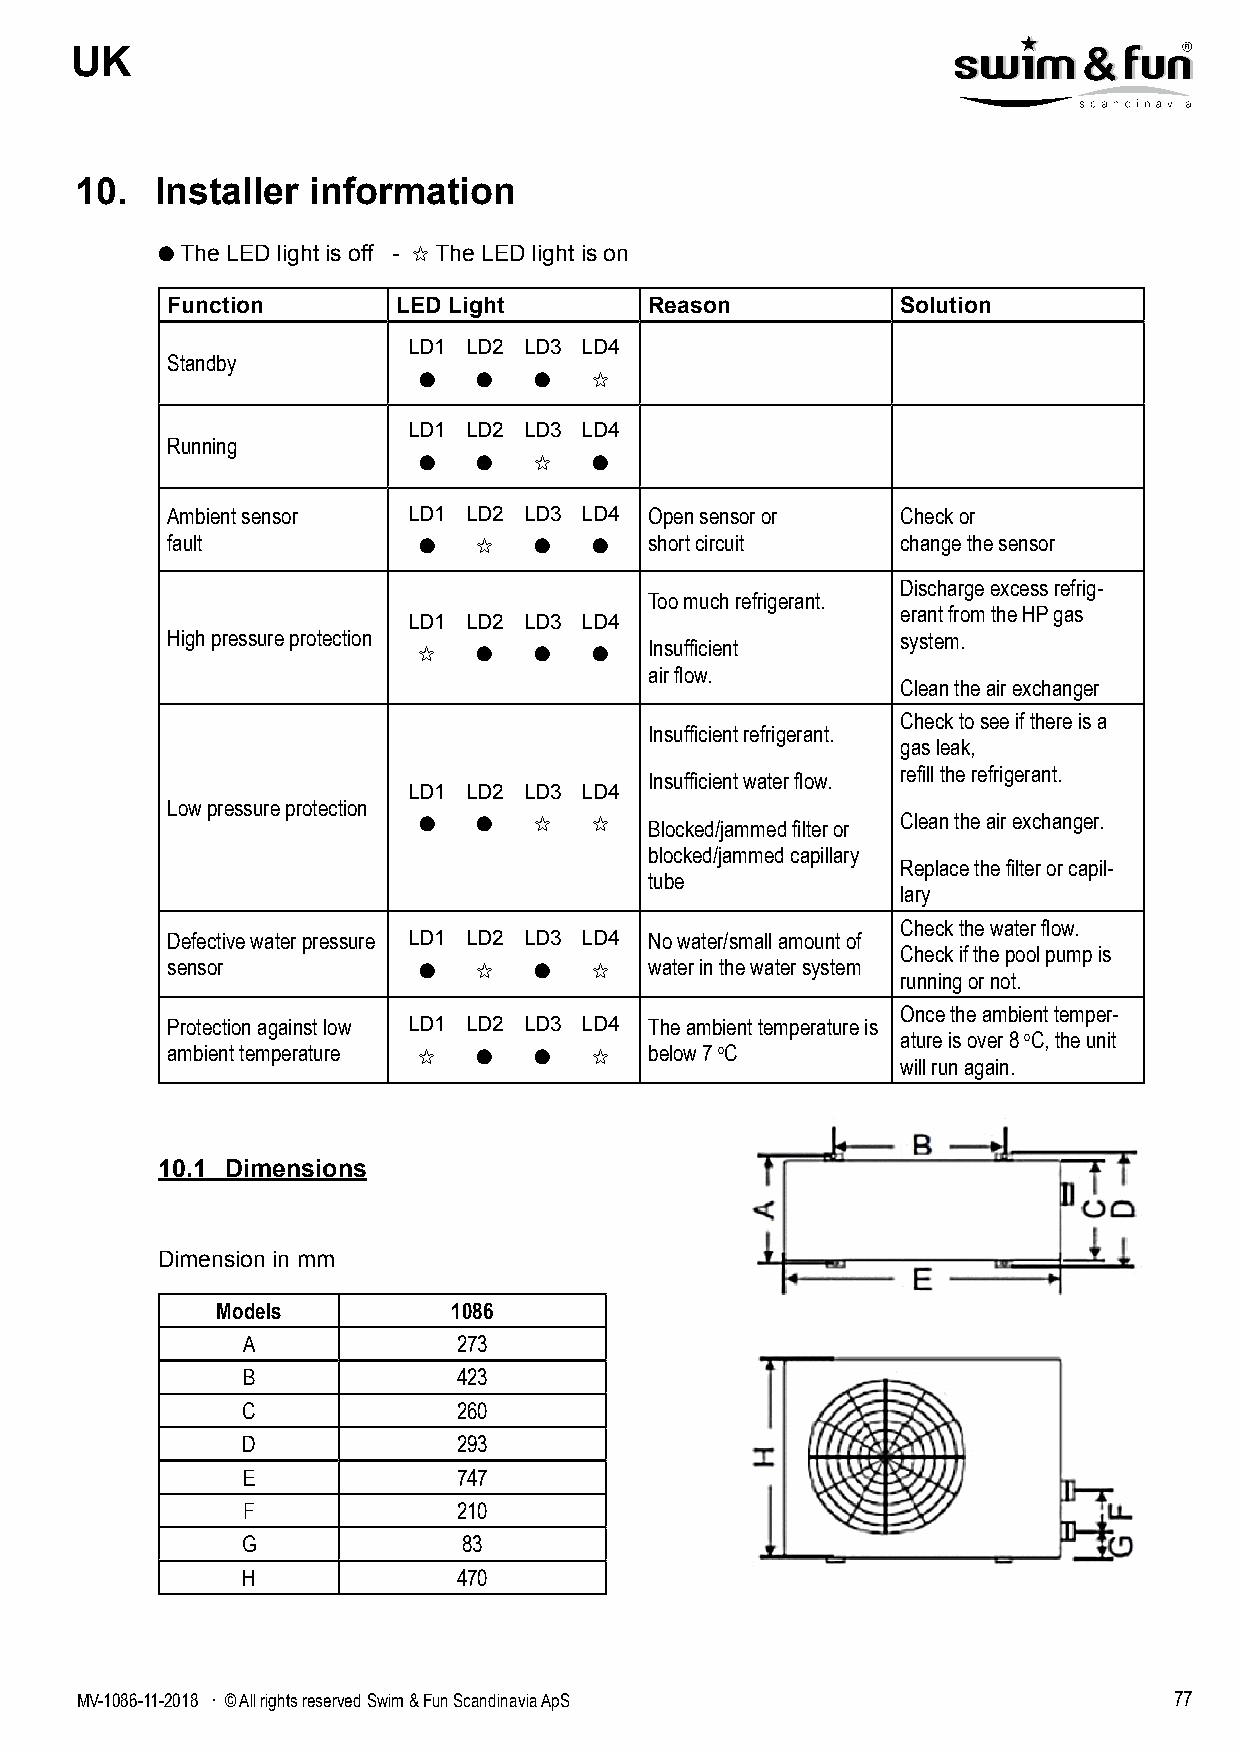
UK
 10.  Installer information
 ● The LED light is off - ✩ The LED light is on
 Function       LED Light        Reason           Solution
 LD1 LD2 LD3 LD4
 Standby
 ●   ●  ●   ✩
 LD1 LD2 LD3 LD4
 Running
 ●   ●  ✩   ●
 Ambient sensor  LD1 LD2 LD3 LD4 Open sensor or   Check or
 fault            ●   ✩  ●   ●   short circuit    change the sensor
 Discharge excess refrig-
 Too much refrigerant.
 erant from the HP gas
 LD1 LD2 LD3 LD4
 High pressure protection                         system.
 ✩   ●  ●   ●   Insufficient
 air flow.
 Clean the air exchanger
 Check to see if there is a
 Insufficient refrigerant.
 gas leak,
 refill the refrigerant.
 Insufficient water flow.
 LD1 LD2 LD3 LD4
 Low pressure protection
 ●   ●  ✩   ✩                    Clean the air exchanger.
 Blocked/jammed filter or
 blocked/jammed capillary
 Replace the filter or capil-
 tube
 lary
 Check the water flow.
 Defective water pressure LD1 LD2 LD3 LD4 No water/small amount of
 Check if the pool pump is
 sensor           ●   ✩  ●   ✩   water in the water system
 running or not.
 Once the ambient temper-
 Protection against low LD1 LD2 LD3 LD4 The ambient temperature is
 ature is over 8 oC, the unit
 ambient temperature ✩ ● ●   ✩   below 7 oC
 will run again.
 10.1 Dimensions
 Dimension in mm
 Models          1086
 A             273
 B             423
 C             260
 D             293
 E             747
 F             210
 G              83
 H             470
 MV-1086-11-2018 . © All rights reserved Swim & Fun Scandinavia ApS       77